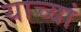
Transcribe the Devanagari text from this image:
याच्यां